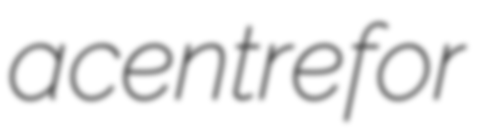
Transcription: a centre for